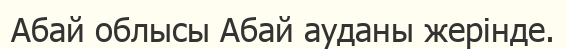
Абай облысы Абай ауданы жерінде.